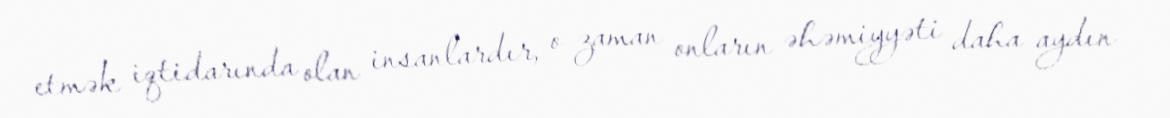
etmək iqtidarında olan insanlardır, o zaman onların əhəmiyyəti daha aydın